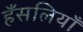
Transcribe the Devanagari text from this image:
हँसलियाँ